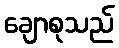
ချောစုသည်